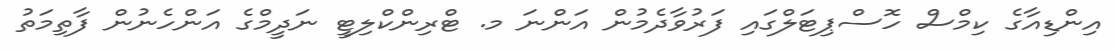
އިންޑިއާގެ ކިމްސް ހޮސްޕިޓަލްގައި ފަރުވާދެމުން އަންނަ މ. ޓްރިންކްލިޓީ ނަދީމްގެ އަންހެނުން ފާތިމަތު